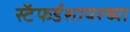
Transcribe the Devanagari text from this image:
स्टॅफर्डशायरच्या